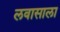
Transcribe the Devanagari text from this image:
लवासाला